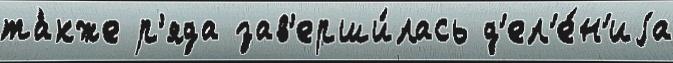
та́кже р'яда зав'ерши́лась д'ел'е́н'иjа